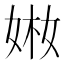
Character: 𡝋